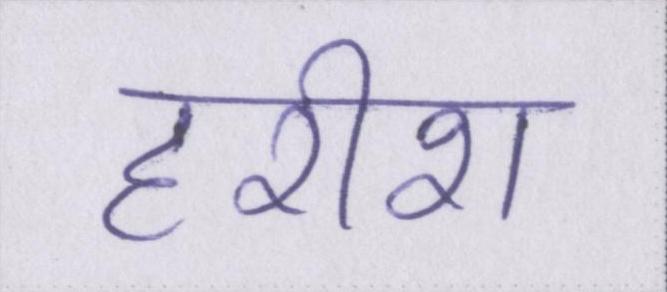
हरीश